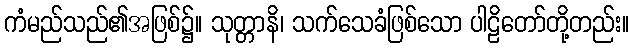
ကံမည်သည်၏အဖြစ်၌။ သုတ္တာနိ၊ သက်သေခံဖြစ်သော ပါဠိတော်တို့တည်း။